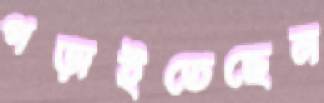
গড়াইতেছেন